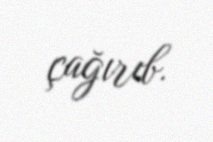
çağırıb.